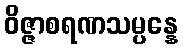
ဝိဇ္ဇာစရဏသမ္ပန္နေ